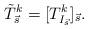
LaTeX: \begin{align*}\tilde{T}_{\vec s}^k=[T_{I_{\vec s}}^k]_{\vec s}.\end{align*}